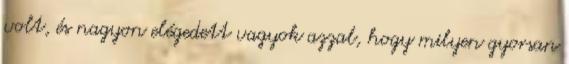
volt, és nagyon elégedett vagyok azzal, hogy milyen gyorsan